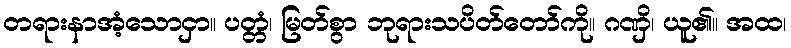
တရားနာအံ့သောငှာ။ ပတ္တံ၊ မြတ်စွာ ဘုရားသပိတ်တော်ကို။ ဂဏှိ၊ ယူ၏။ အထ၊